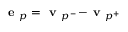
\textbf { e } _ { p } = \textbf { v } _ { p ^ { - } } \! - \! \textbf { v } _ { p ^ { + } }